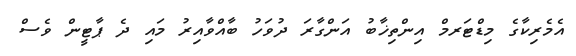
އެމެރިކާގެ މިޑްޓަރމް އިންތިޚާބު އަންގާރަ ދުވަހު ބާއްވާއިރު މައި ދެ ޕާޓީން ވެސް